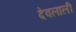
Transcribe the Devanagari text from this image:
देवलाली